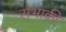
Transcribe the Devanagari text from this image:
सभाकी